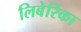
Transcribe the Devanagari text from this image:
लिबेरिका